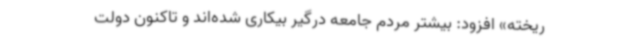
ریخته» افزود: بیشتر مردم جامعه درگیر بیکاری شده‌اند و تاکنون دولت